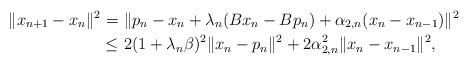
LaTeX: \begin{align*}\|x_{n+1}-x_n\|^2 = & \ \|p_n-x_n+\lambda_n(Bx_n-Bp_n)+\alpha_{2,n}(x_n-x_{n-1})\|^2\\\leq & \ 2(1+\lambda_n\beta)^2\|x_n-p_n\|^2+2\alpha_{2,n}^2\|x_n-x_{n-1}\|^2,\end{align*}